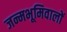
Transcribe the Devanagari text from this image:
जन्मभूमिवालों